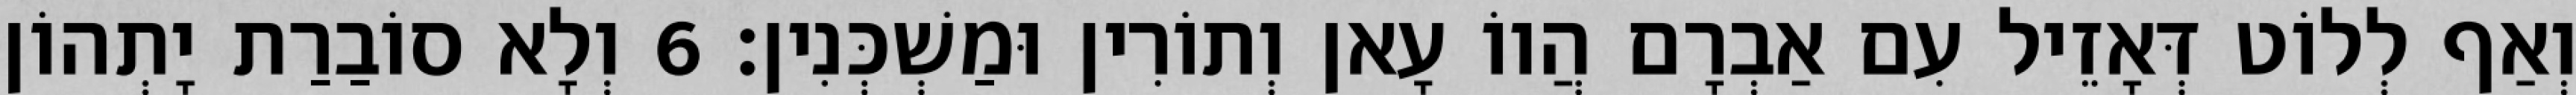
וְאַף לְלוֹט דְּאָזֵיל עִם אַבְרָם הֲווֹ עָאן וְתוֹרִין וּמַשְׁכְּנִין׃ 6 וְלָא סוֹבַרַת יָתְהוֹן